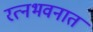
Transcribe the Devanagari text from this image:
रत्‍नभवनात